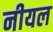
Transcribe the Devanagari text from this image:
नीयल